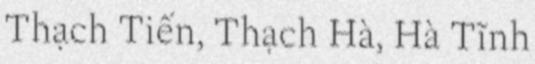
Thạch Tiến, Thạch Hà, Hà Tĩnh